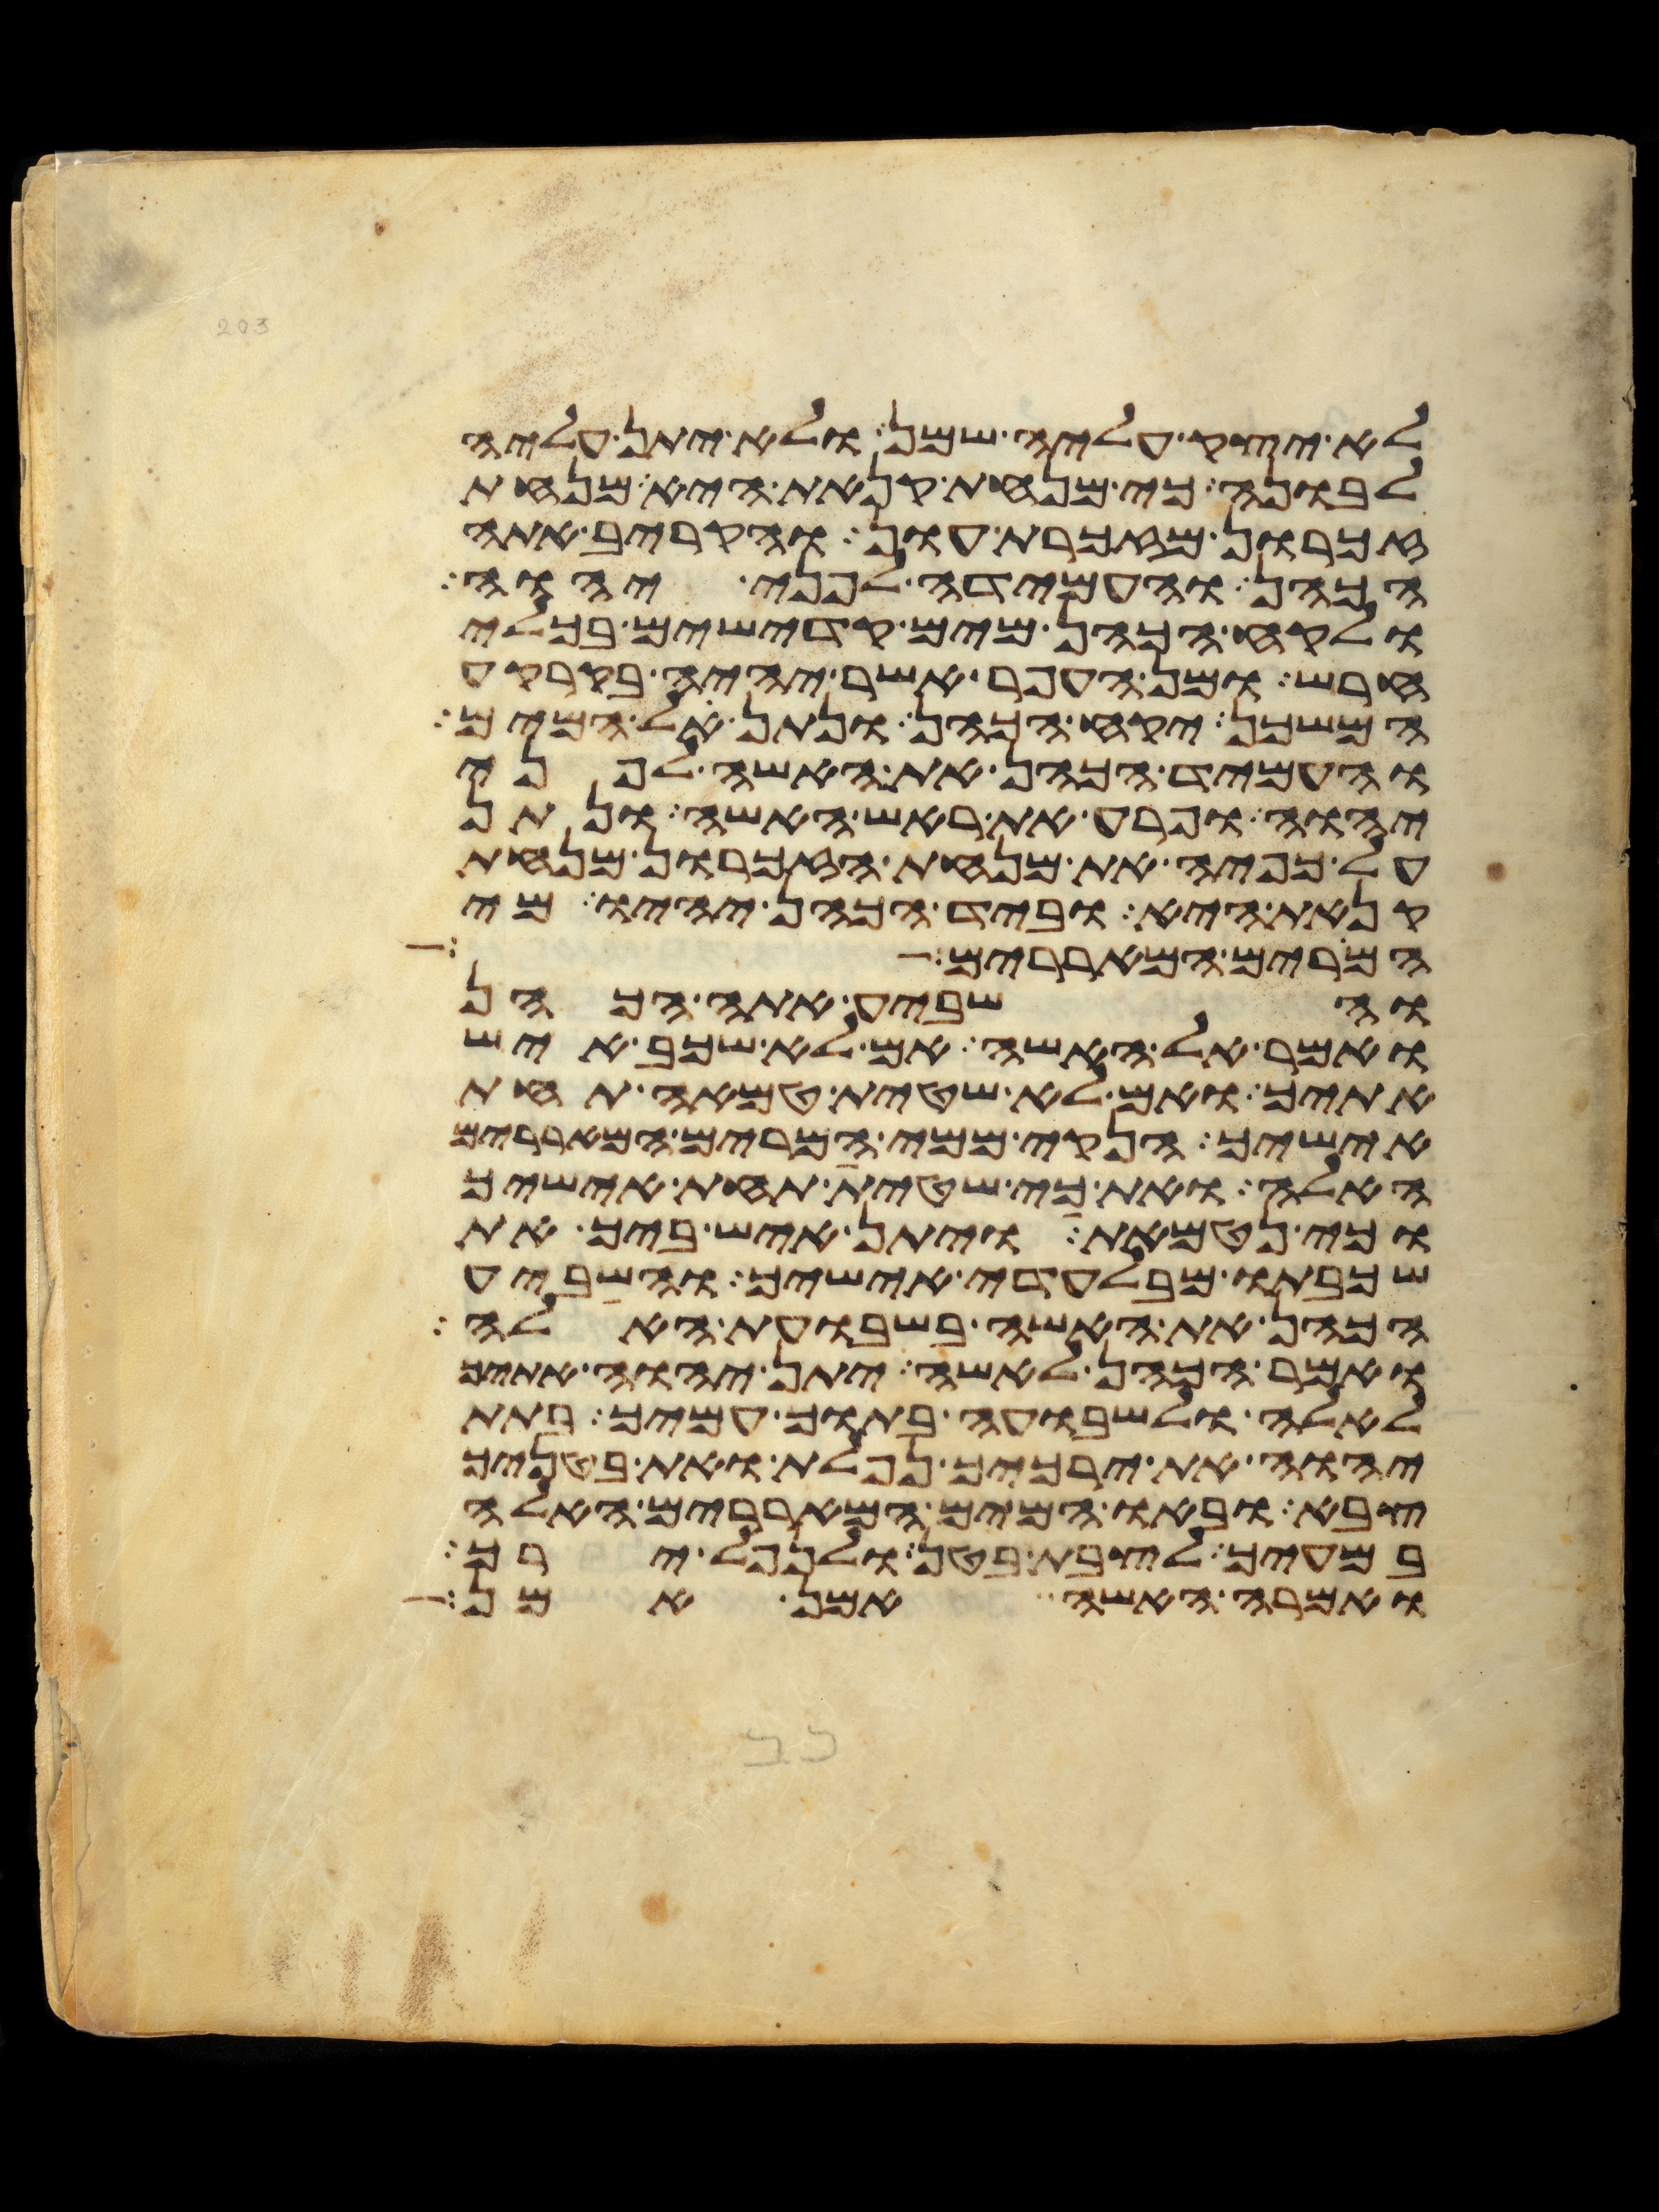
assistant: לא יצק עליה שמן ולא יתן עליה
לבונה כי מנחת קנאת היא מנחת
זכרון מזכרת עון והקריב אתה
הכהן והעמידה לפני יהוה
ולקח הכהן מים קדישים בכלי
חרש ומן העפר אשר יהיה בקרקע
המשכן יקח הכהן ונתן אל המים
והעמיד הכהן את האשה לפני
יהוה ופרע את ראש האשה ונתן
על כפיה את מנחת הזכרון מנחת
קנאת היא וביד הכהן יהיו מי
המרים המאררים
והשביע אתה הכהן
ואמר אל האשה אם לא שכב איש
אתיך ואם לא שטית טמאה תחת
אישיך הנקי ממי המרים המאררים
האלה ואת כי שטית תחת אישיך
וכי נטמאת ויתן איש ביך את
שכבתו מבלעדי אישיך והשביע
הכהן את האשה בשבועת האלה
ואמר הכהן לאשה יתן יהוה אתיך
לאלה ולשבועה בתוך עמיך בתת
יהוה את ירכיך נפלת ואת בטניך
צבא ובאו המים המאררים האלה
במעיך לצבת בטן ולנפל ירך
ואמרה האשה אמן אמן